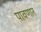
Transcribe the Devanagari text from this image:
पावणार